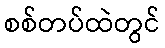
စစ်တပ်ထဲတွင်